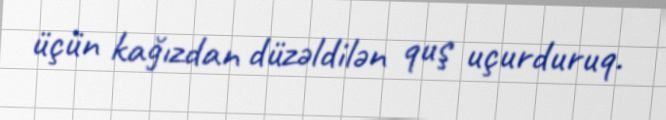
üçün kağızdan düzəldilən quş uçurduruq.